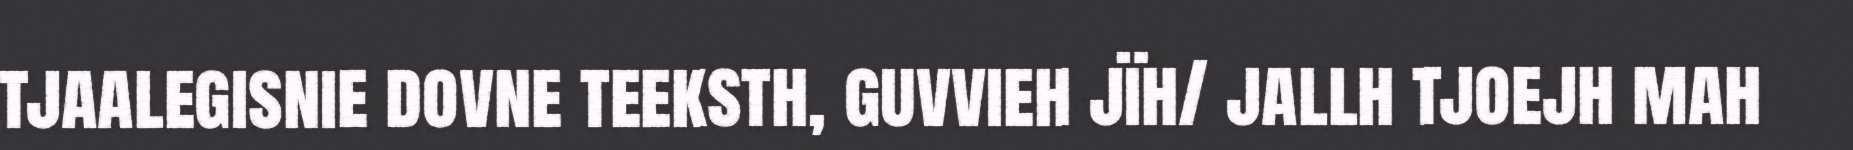
tjaalegisnie dovne teeksth, guvvieh jïh/ jallh tjoejh mah